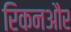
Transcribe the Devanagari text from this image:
रिकनऔर